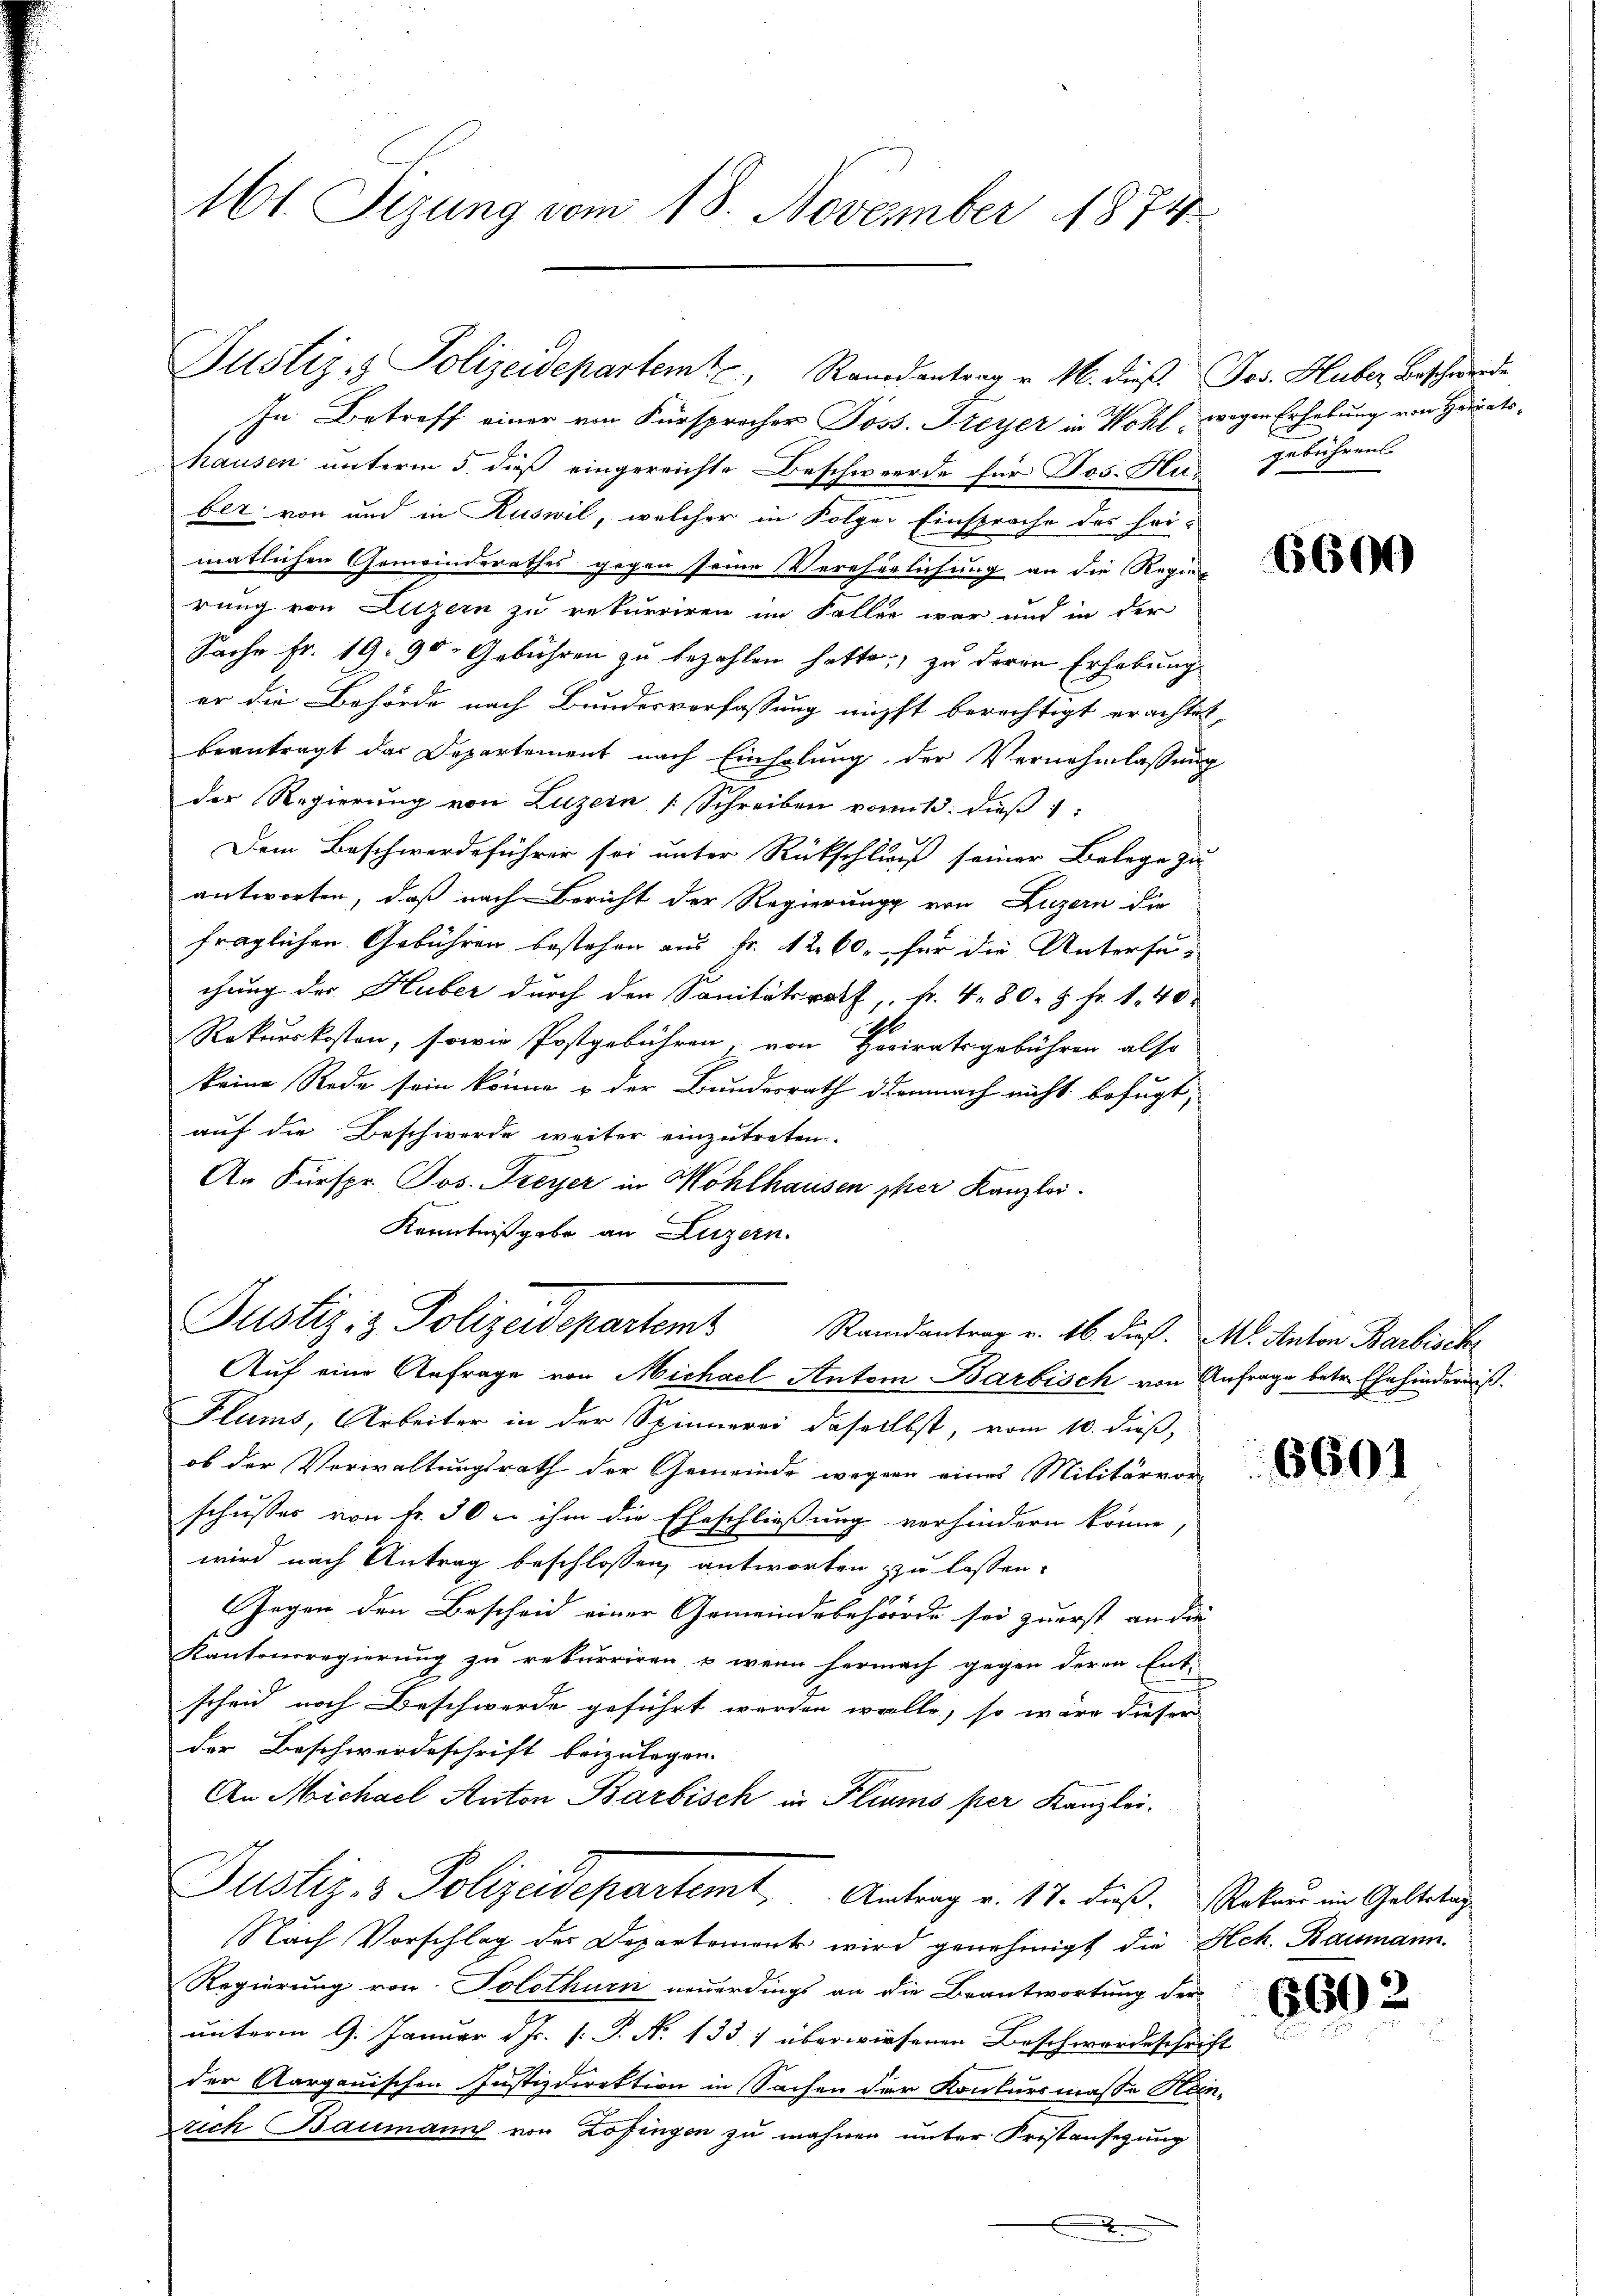
161. Sizung vom 18. November 1874

Justiz, Polizeidepartem Randantrag v. M. dieß. Jos. Huber Beschwerde

In Betreff einer von Fürsprecher Poss. Heyer in Wohl wegen Erhebung von Heiratshausen unterm 5. dieß eingereichte Beschwerde für Jos. Hus gebührens
ber, von und in Ruswil, welcher in Folger Einsprache des Fri-
matlichen Gemeinderathes gegen seine Verehelichung an die Regi
rung von Litzern zu rekurriren im Faller war und in der
Sache Fr. 19: 90. Gebühren zu bezahlen hatte, zu deren Erhebung
er die Behörde nach Bundesverfassung nicht berechtigt erachtet,
beantragt das Departement nach Einholung der Vernehmlassung
der Regierung von Luzern [Schreiben vom 13. dieß 1:
Dem Beschwerdeführer sei unter Rückschluß seiner Belege zu
antworten, daß nach Bericht der Regierung von Luzern die
fraglichen Gebühren bestehen aus fr. 12. 60. für die Untersu-
chung der Huber durch den Sanitätsrath, fr. 4. 80. 8 Fr. 1. 40
Rekurskosten, sowie Postgebühren, von Heiratsgebühren also
keine Rede sein könne u der Bundesrath demnach nicht befugt,
auf die Beschwerde weiter einzutreten.
An Fürspr. Jos. Freyer in Wohlhausen per Kanzlei.
Kenntnißgabe an Luzern.
Justiz & Polizeidepartem Randantrag v. 16. dieß. M. Anton Barbisch
Auf eine Anfrage von Michael Anton Barbisch von Anfrage betr. Ehehinderniß.
Flums, Arbeiter in der Spinnerei daselbst, vom 10. dieß,
ob der Verwaltungsrath der Gemeinde wegen eines Militärvor-
schusses von fr. 30 u. ihm die Eheschließung verhindern könne,
wird nach Antrag beschlossen, antworten zu lassen.
Gegen den Bescheid einer Gemeindesbehörde sei zuerst an die
Kantonsregierung zu rekurriren u wenn hermach gegen deren Ent-
scheid noch Beschwerde geführt werden wolle, so wäre dieser
der Beschwerdeschrift beizulegen. |
An Michael Anton Barbisch in Fliums per Kanzlei.
Justiz- & Polizeidepartemt Antrag v. 17. dieß. Rokau in Geltstag
Nach Vorschlag des Departements wird genehmigt die Heh. Baumann.
Regierung von Solothurn neuerdings an die Beantwortung der
unterm 9. Januar d.J. s. S. N. 133 7 überwiesenen Beschwerdeschrif
der Aargauischen Justizdirektion in Sachen der Konkursmasse Her
rich Baumann von Zofingen zu wahren unter Fristansezung
.

6600

6601

1
1

6602